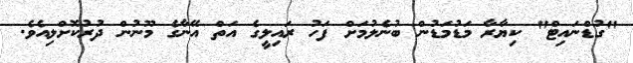
"ގުޑްނައިޓް" ކިޔާރާ މަޑުމަޑުން ބުނެލުމަށް ފަހު ރައިލީގެ އަތް އޭނާގެ މޫނުން ދުރުކޮށްލިއެވެ.